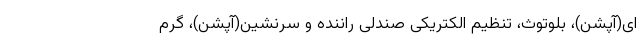
ای(آپشن)، بلوتوث، تنظیم الکتریکی صندلی راننده و سرنشین(آپشن)، گرم